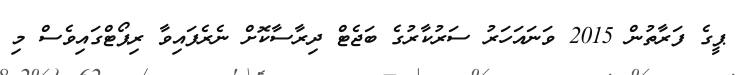
ޕީގެ ފަރާތުން 2015 ވަނައަހަރު ސަރުކާރުގެ ބަޖެޓް ދިރާސާކޮށް ނެރެފައިވާ ރިޕޯޓްގައިވެސް މި